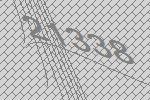
21338